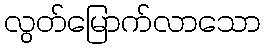
လွတ်မြောက်လာသော